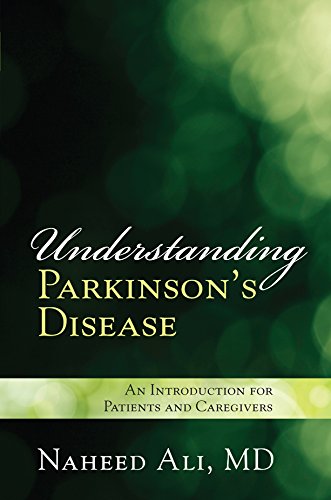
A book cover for Understanding Parkinson's Disease: An Introduction for Patients and Caregivers; Naheed, Ali; Health, Fitness & Dieting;